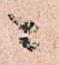
ニ